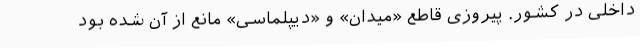
داخلی در کشور. پیروزی قاطع «میدان» و «دیپلماسی» مانع از آن شده بود